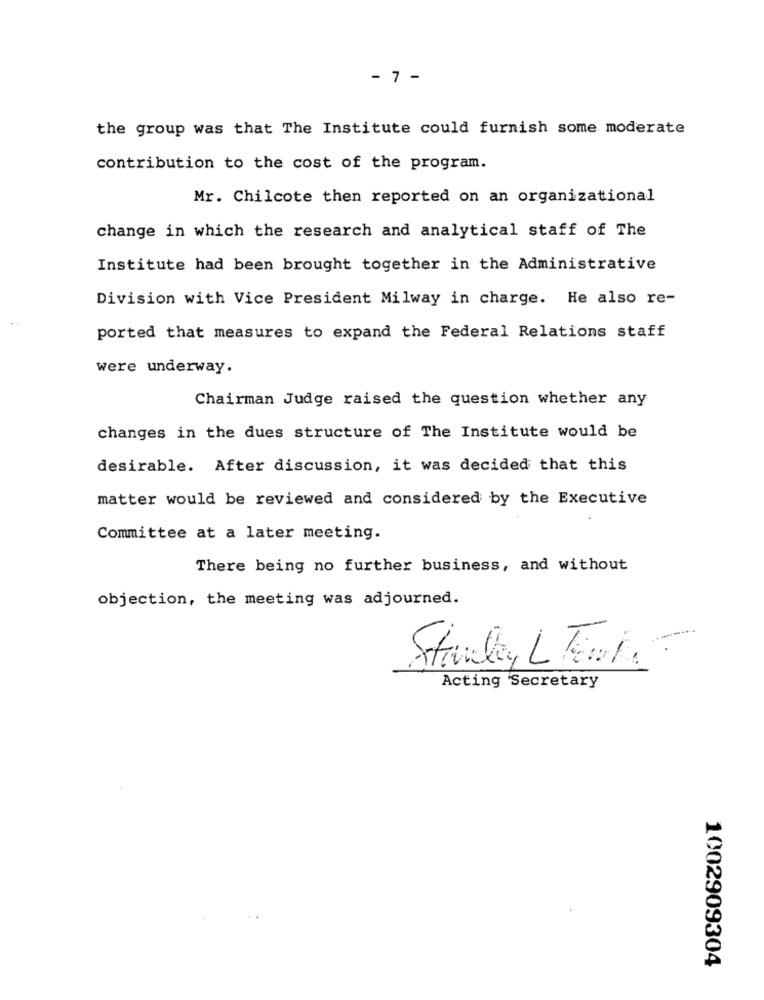
- 7 -
the group was that The Institute could furnish some moderate
contribution to the cost of the program.
Mr. Chilcote then reported on an organizational
change in which the research and analytical staff of The
Institute had been brought together in the Administrative
Division with Vice President Milway in charge. He also re-
ported that measures to expand the Federal Relations staff
were underway.
Chairman Judge raised the question whether any
changes in the dues structure of The Institute would be
desirable. After discussion, it was decided that this
matter would be reviewed and considered by the Executive
Committee at a later meeting.
There being no further business, and without
objection, the meeting was adjourned.
Stanley L Fmk.
Acting Secretary
1002909304